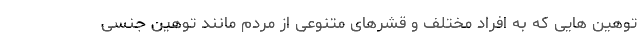
توهین هایی که به افراد مختلف و قشرهای متنوعی از مردم مانند توهین جنسی